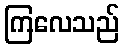
ကြလေသည်